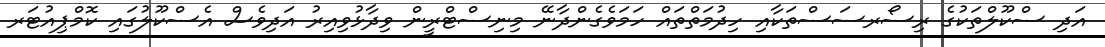
އަދި ސްކޫލްތަކުގެ ރިސޯރސަސްތަކާއި ހިދުމަތްތައް ހަމަވެގެންދާނޭ މިނިސްޓްރީން ވިދާޅުވިއިރު އަދިވެސް އެސްކޫލުގައި ކޮމްޕިއުޓަރ